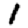
Digit: 1